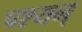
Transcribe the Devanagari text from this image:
पश्यन्‌